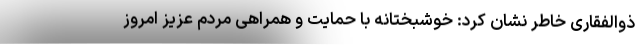
ذوالفقاری خاطر نشان کرد: خوشبختانه با حمایت و همراهی مردم عزیز امروز